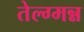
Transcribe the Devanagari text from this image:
तेल्ग्मन्न